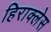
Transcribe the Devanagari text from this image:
हिराक्लेस